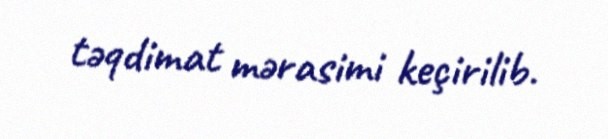
təqdimat mərasimi keçirilib.